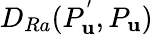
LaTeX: D_{Ra}(P_{\mathbf{u}}^{'},P_{\mathbf{u}})